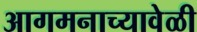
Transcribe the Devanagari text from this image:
आगमनाच्यावेळी